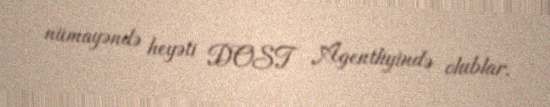
nümayəndə heyəti DOST Agentliyində olublar.